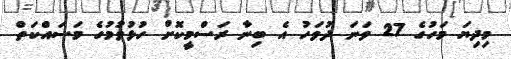
މިދިޔަ މަހުގެ 27 ވަނަ ދުވަހު އެ ބިނާ ރަސްމީކޮށް ހުޅުވުމުގެ މަސައްކަތް